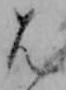
は